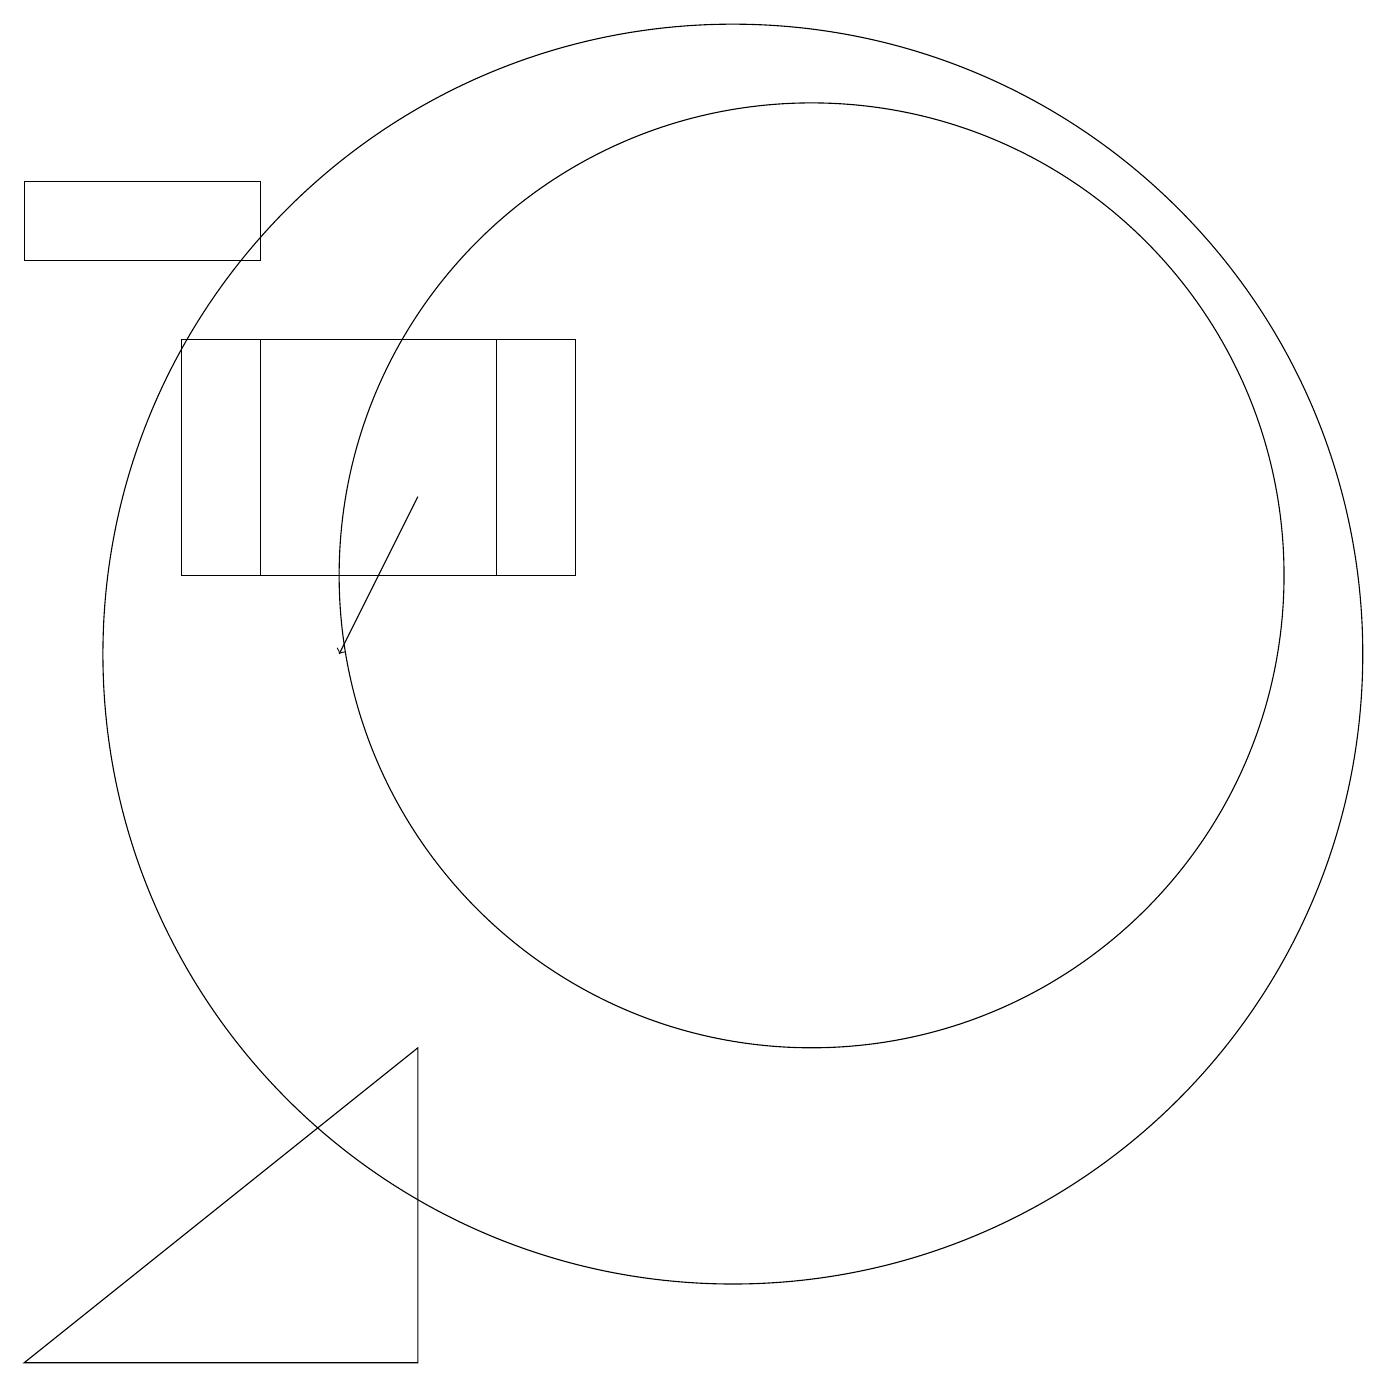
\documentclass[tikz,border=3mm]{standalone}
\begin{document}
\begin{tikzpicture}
\draw (11,12) circle (6);
\draw (4,12) rectangle (8,15);
\draw (1,2) -- (6,2) -- (6,6) -- cycle;
\draw (1,16) rectangle (4,17);
\draw[->] (6,13) -- (5,11);
\draw (7,15) rectangle (3,12);
\draw (10,11) circle (8);
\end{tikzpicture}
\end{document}